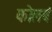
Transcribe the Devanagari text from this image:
कोलबं